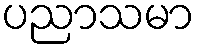
ပညာသမာ